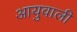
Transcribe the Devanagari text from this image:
आयुवाली